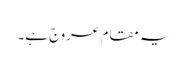
یہ مقام عروج ہے۔